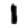
Digit: 1